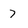
Character: 7